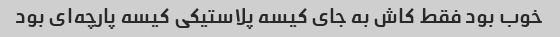
خوب بود فقط کاش به جای کیسه پلاستیکی کیسه پارچه‌ای بود